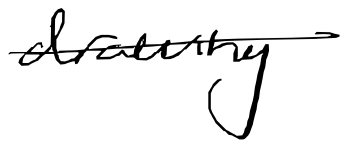
Text: drawing
Cross-out: single-line
Writing tool: digital_black